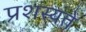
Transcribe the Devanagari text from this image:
प्रशस्यते